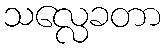
သလ္လေခတာ